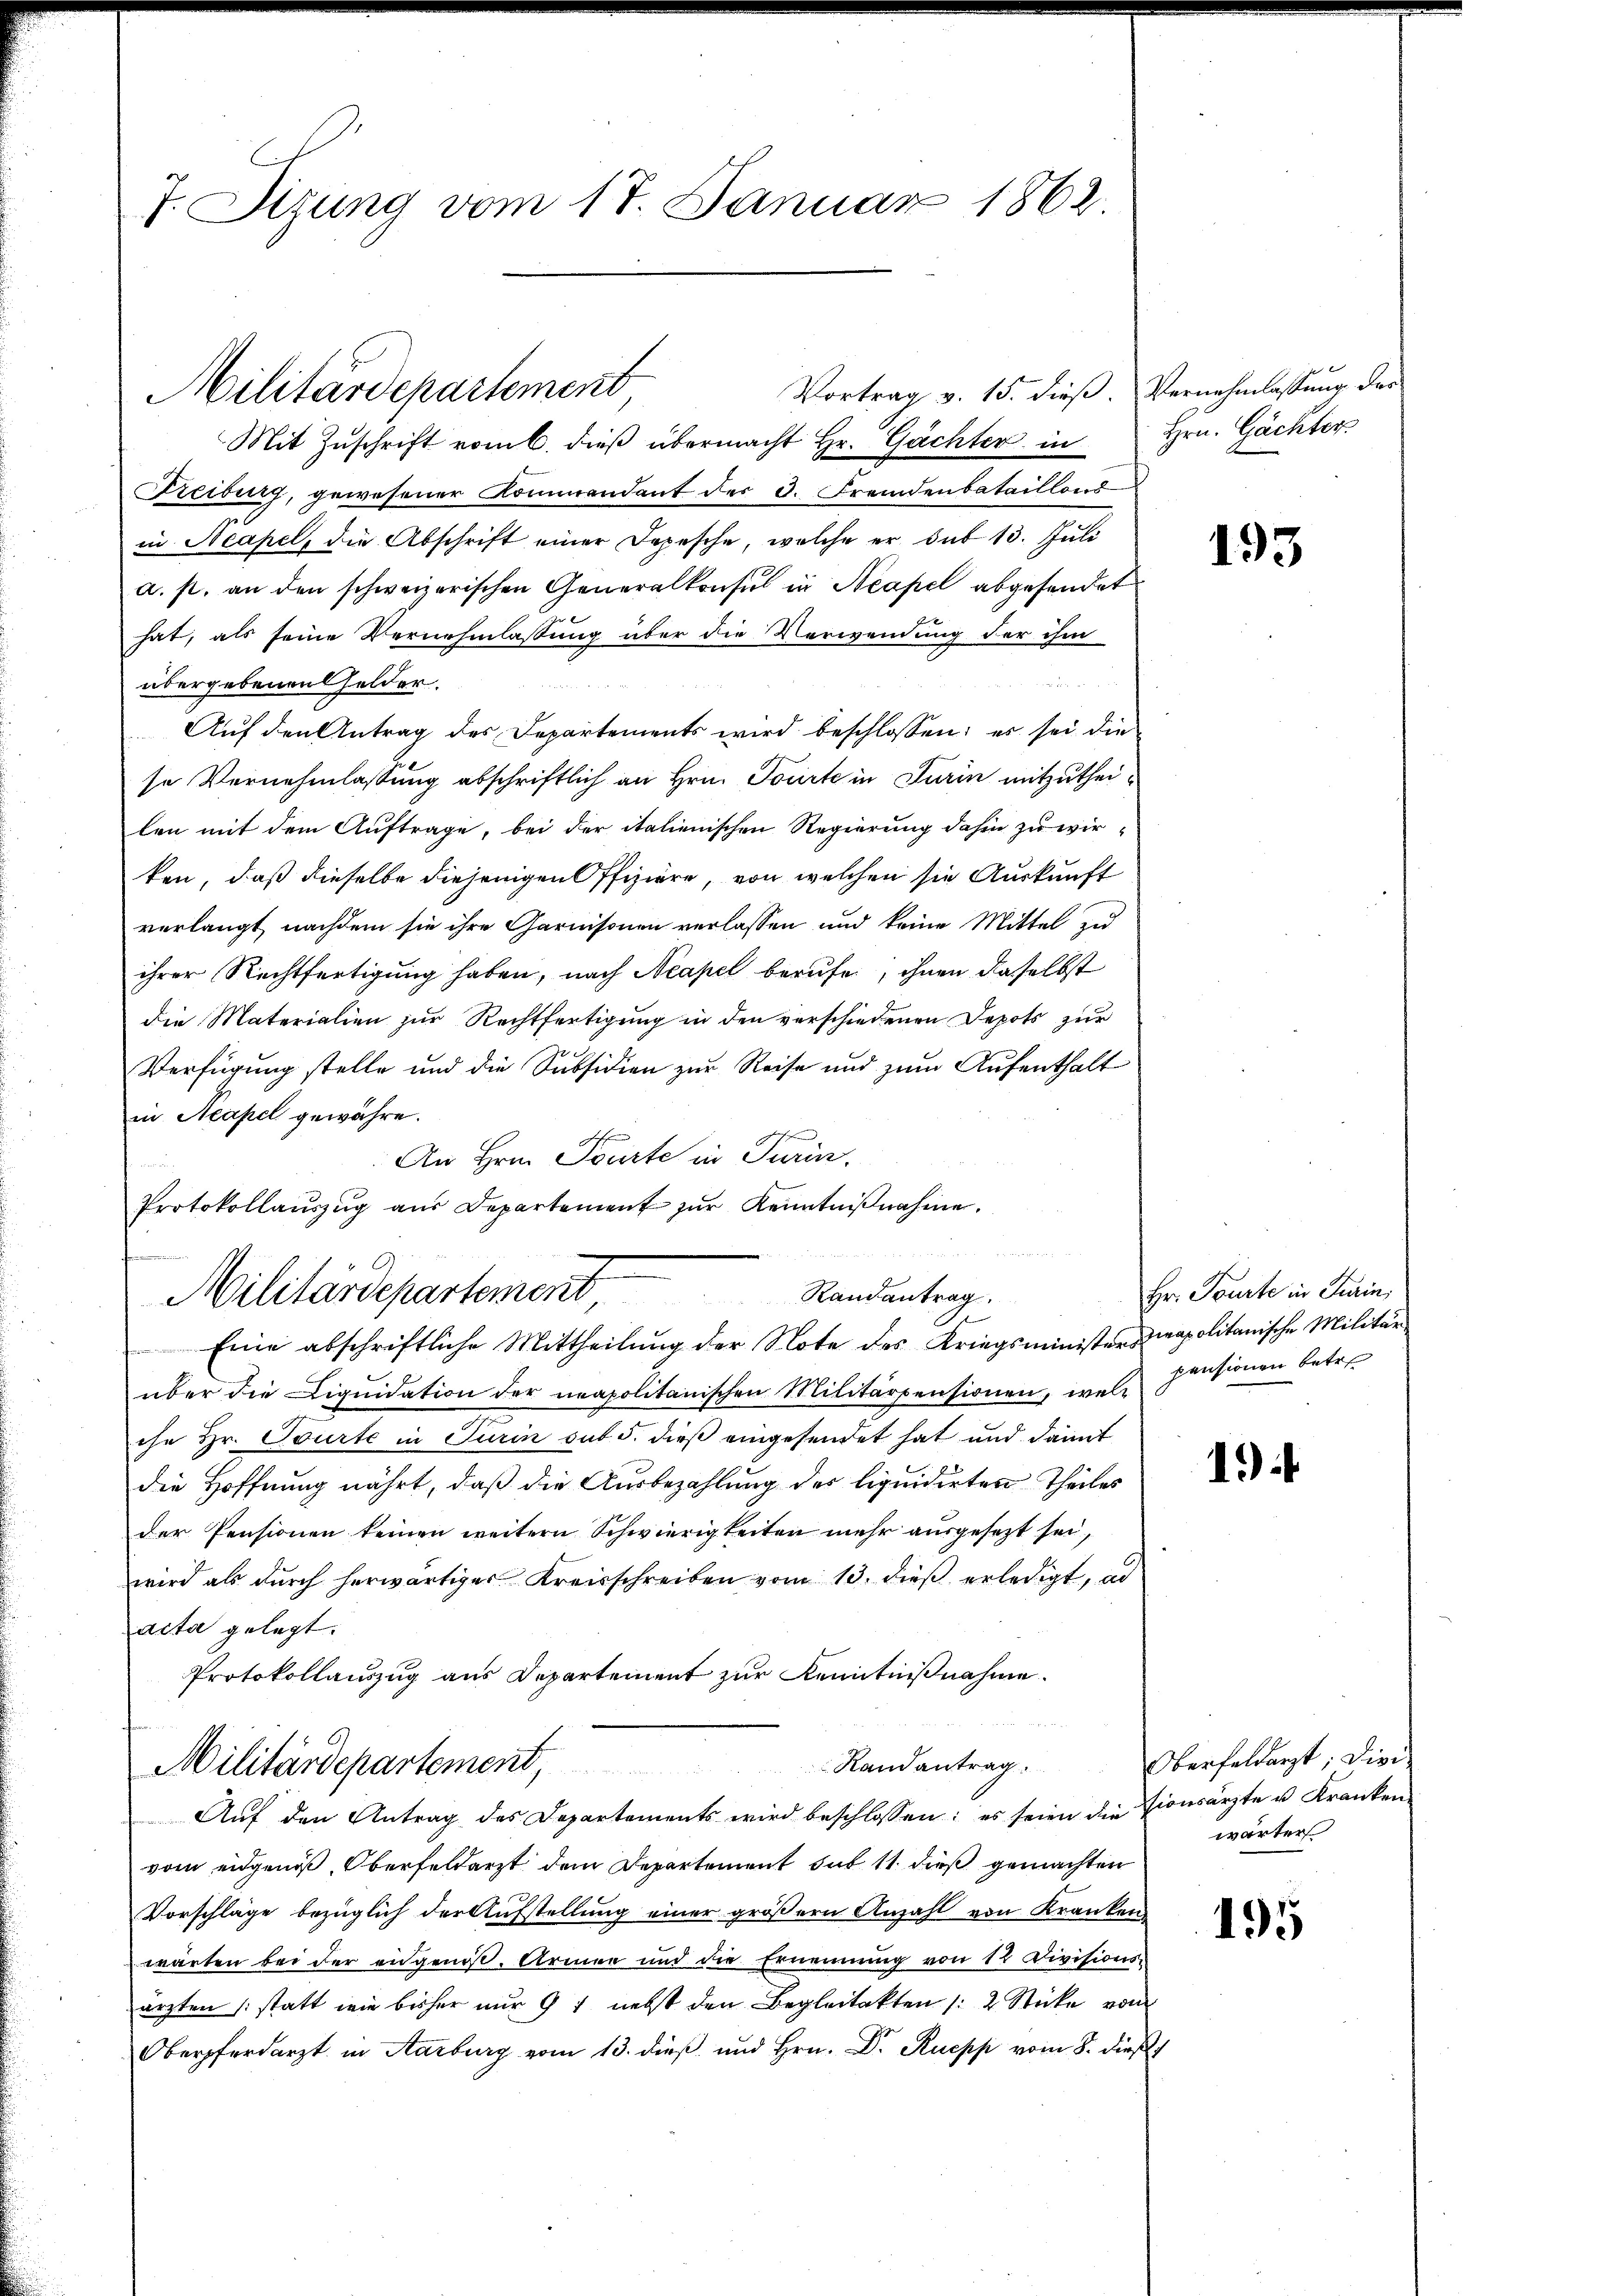
7. Sizung vom 17. Januar 1862

Militärdepartement

Mit Zŭschrift vom 6. dieβ übermacht Hr. Gächter in Hrn. Gächter
Freiburg, gewesener Kommendant des 3. Fremdenbataillons
in Neapel, die Abschrift einer Depesche, welche er das 13. Juli
a. p. an den schweizerischen Generalkonsul in Neapel abgesandet
hat, als seine Vernehmlassung über die Verwendung der ihm

übergebenen Gelder.
Auf den Antrag des Departements wird beschlossen; es sei die
se Vernehmlassung abschriftlich an Hrn. Tourte in Turin mitzutheilen mit dem Auftrage, bei der italienischen Regierung dahin zu wirken, daß dieselbe diejenigen Offiziere, von welchen sie Auskunft
verlangt nachdem sie ihre Garnisonen verlassen und keine Mittel zu
ihrer Rechtfertigung haben, nach Neapel berufe, ihnen daselbst
die Materialien zur Rechtfertigung in den verschiedenen Depots zur
Verfügung stelle und die Subsidien zur Reise und zum Aufenthalt
in Neapel gewähre.
An Hrn. Tourte in Turin.
Protokollaŭszŭg aŭs Departement zŭr Kenntniβnahme.
über die Liqŭidation der neapolitanischen Militärpensionen, was pensionen betre
ihe Hr. Tourte in Turin sub 5. dieß eingesendet hat und damit
die Hoffnung nährt, daß die Ausbezahlung des liquidirten Theiles
der Pensionen keinen weitern Schwierigkeiten mehr ausgesezt sei,
wird als durch herwärtiger Kreisschreiben vom 13. dieß erledigt, al
acta gelegt.
Protokollauszug aus Departement zur Kenntnißnahme.
Randantrag.
Militärdepartement,
Aŭf den Antrag des Departements wird beschlossen: es seien die tionsärzte u. Kranken
vom eidgenoß, Oberfeldarzt dem Departement sub 11. dieß gemachten
Vorschläge bezüglich der Aufstellung einer größern Anzahl von Kranken
warten bei der eidgenos. Armen und die Ernennung von 12 Divisionsärzten (statt wie bisher nur 97 nebst den Begleitekten /: 2 Stücke vom
Oberpferdarzt in Aarburg vom 13. dieß und Hrn. Dr. Ruepp vom 8. dieß

Vortrag v. 15. dieß. Vernehmlassung des

Randantrag.
Militärdepartement
S
Eine abschriftliche Mittheilŭng der Note des Kriegsministersapolitanische Militär-

193

Hr. Tourte in Turini

1

Oberfeldarzt, die
wärter

195